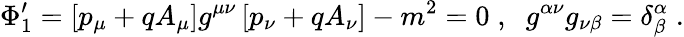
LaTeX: \Phi_{1}^{\prime}=\left[p_{\mu}+qA_{\mu}\right]g^{\mu\nu}\left[p_{\nu}+qA_{\nu}\right]-m^{2}=0\; ,\; \; g^{\alpha\nu}g_{\nu\beta}=\delta_{\beta}^{\alpha}\; .